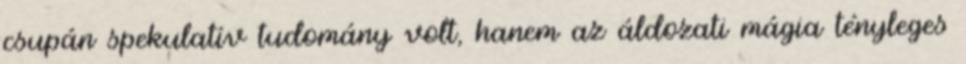
csupán spekulatív tudomány volt, hanem az áldozati mágia tényleges